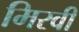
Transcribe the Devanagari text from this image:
मिरवी